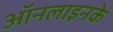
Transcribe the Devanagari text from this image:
ऑनलाइनके